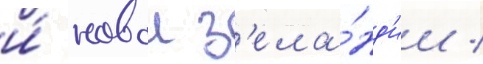
и́ новои з'ела́нд'ии /